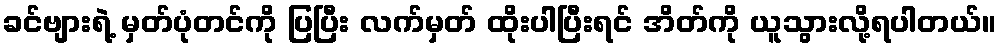
ခင်ဗျားရဲ့ မှတ်ပုံတင်ကို ပြပြီး လက်မှတ် ထိုးပါပြီးရင် အိတ်ကို ယူသွားလို့ရပါတယ်။